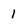
Character: 1